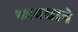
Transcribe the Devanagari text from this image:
व्यवधाने